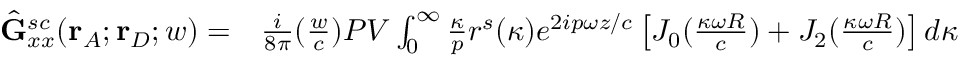
\begin{array} { r l } { \hat { \mathbf { G } } _ { x x } ^ { s c } ( \mathbf { r } _ { A } ; \mathbf { r } _ { D } ; w ) = } & { { } \frac { i } { 8 { \pi } } ( \frac { w } { c } ) P V \int _ { 0 } ^ { \infty } \frac { \kappa } { p } r ^ { s } ( \kappa ) e ^ { 2 i p { \omega } z / c } \left[ J _ { 0 } ( \frac { \kappa \omega { R } } { c } ) + J _ { 2 } ( \frac { \kappa \omega { R } } { c } ) \right] d { \kappa } } \end{array}